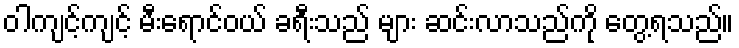
ဝါကျင့်ကျင့် မီးရောင်ဝယ် ခရီးသည် များ ဆင်းလာသည်ကို တွေ့ရသည်။